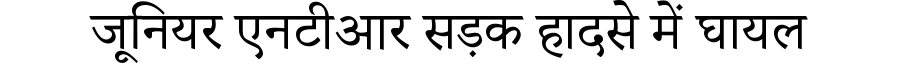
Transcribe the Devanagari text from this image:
जूनियर एनटीआर सड़क हादसे में घायल